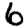
Digit: 6